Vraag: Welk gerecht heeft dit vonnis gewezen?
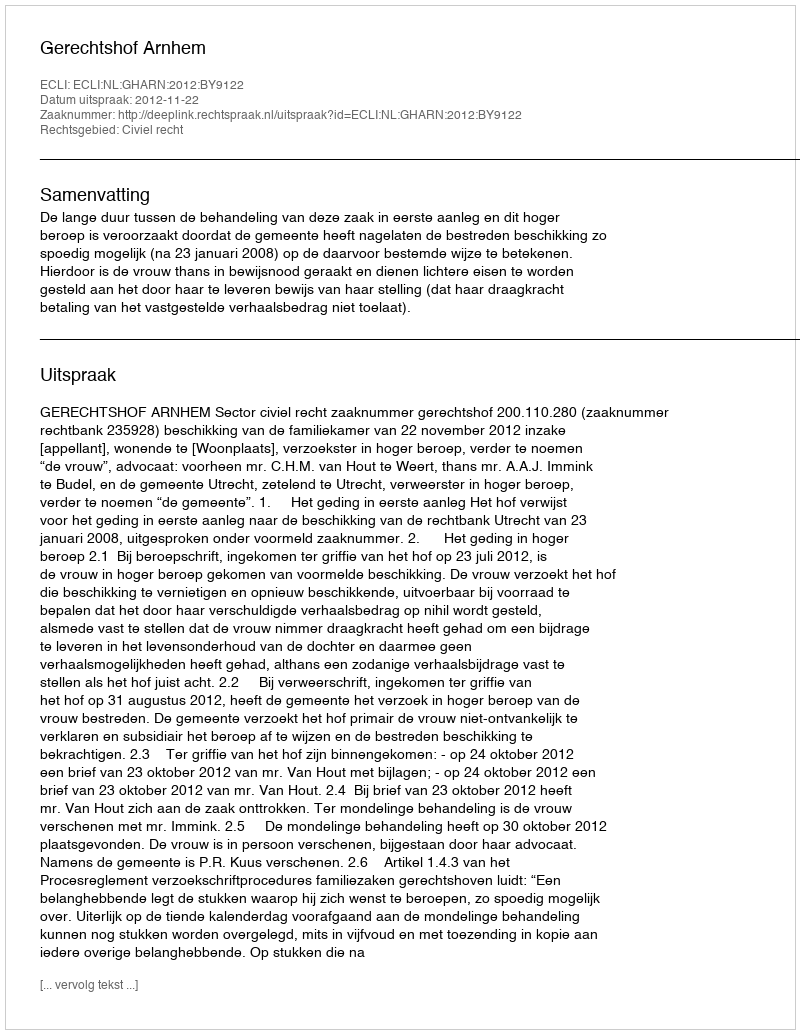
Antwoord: Gerechtshof Arnhem